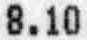
8.10